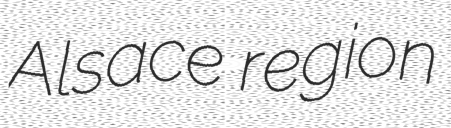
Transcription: Alsace region